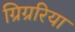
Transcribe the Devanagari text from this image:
ग्रिग्ररिया